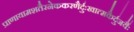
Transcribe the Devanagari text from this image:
प्राणायामशतैरनेककरणैर्दुःखात्मकैर्दुजर्यैः